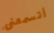
أتسمعنى